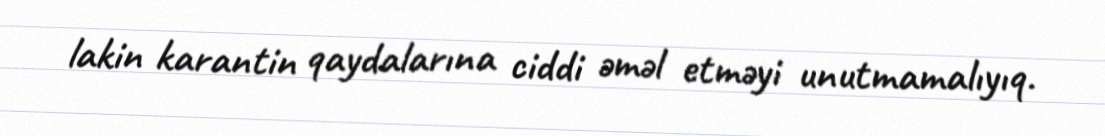
lakin karantin qaydalarına ciddi əməl etməyi unutmamalıyıq.